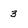
Character: 3